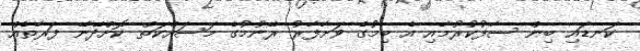
ކަނޑައި ބިން ސާފުކުރުމާއި އެ ބިމުގެ ވަށާފާރު ރޭނުމުގެ މަސައްކަތް ކޮށްދޭނޭ ފަރާތެއް